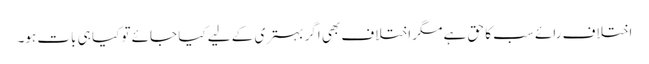
اختلاف رائے سب کا حق ہے مگر اختلاف بھی اگر بہتری کے لیے کیا جائے تو کیا ہی بات ہو۔